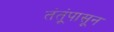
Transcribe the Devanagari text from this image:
तंतूंपासून